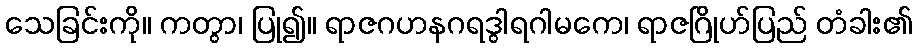
သေခြင်းကို။ ကတွာ၊ ပြု၍။ ရာဇဂဟနဂရဒွါရဂါမကေ၊ ရာဇဂြိုဟ်ပြည် တံခါး၏